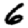
Digit: 6